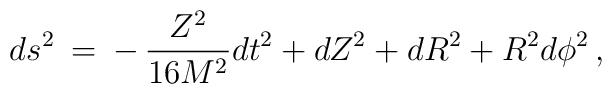
ds^2 \: = \: - \, \frac{Z^2}{16 M^2} dt^2 + dZ^2 + dR^2 + R^2 d\phi ^2\, ,